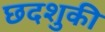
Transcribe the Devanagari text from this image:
छदशुकी